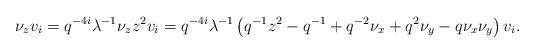
LaTeX: \begin{align*}\nu_z v_i = q^{-4i}\lambda^{-1} \nu_z z^2 v_i = q^{-4i}\lambda^{-1}\left(q^{-1}z^2-q^{-1}+q^{-2}\nu_x+q^2\nu_y-q\nu_x\nu_y\right)v_i.\end{align*}